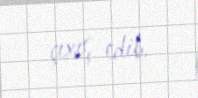
çıxış edib.